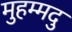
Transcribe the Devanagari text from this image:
मुहम्मदु